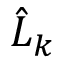
\hat { L } _ { k }